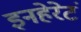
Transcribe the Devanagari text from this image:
इनहेरेटं